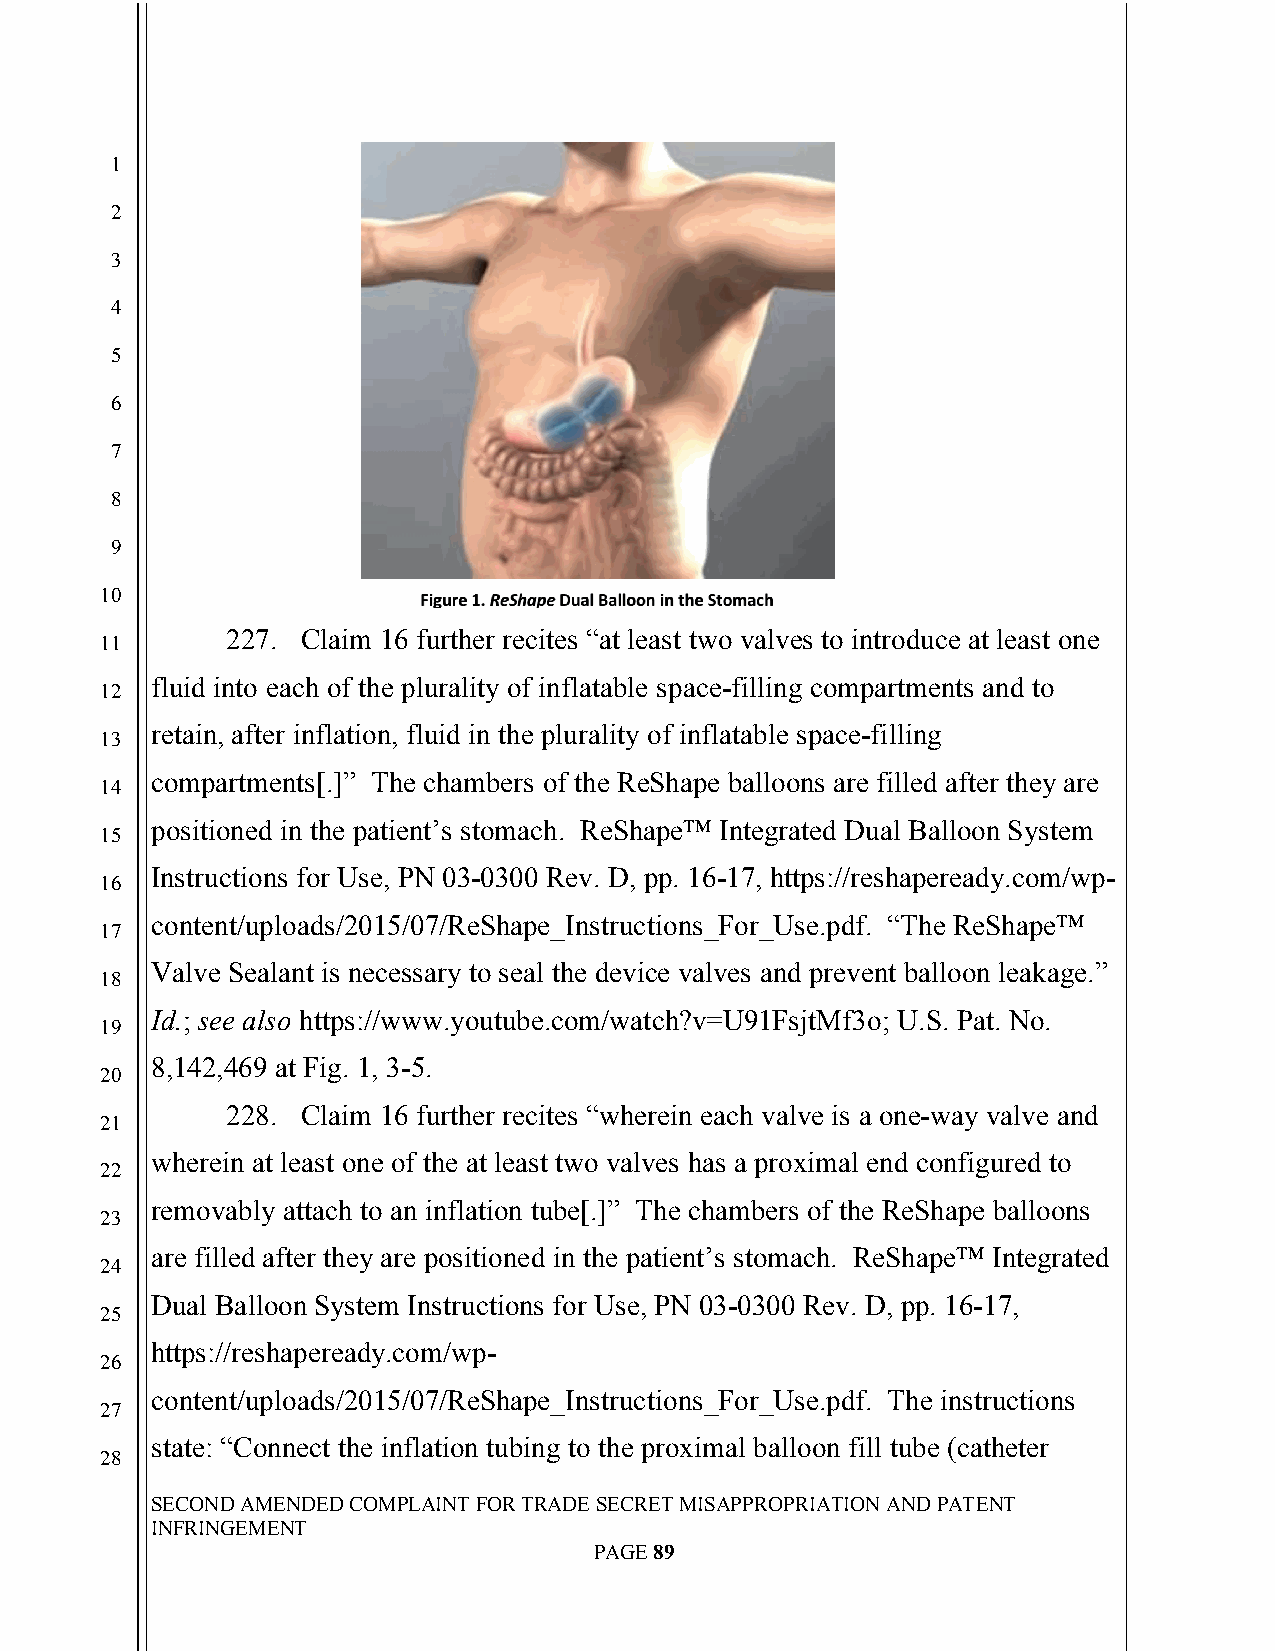
`
 1
 2
 3
 4
 5
 6
 7
 8
 9
 10
 227. Claim 16 further recites “at least two valves to introduce at least one
 11
 fluid into each of the plurality of inflatable space-filling compartments and to
 12
 retain, after inflation, fluid in the plurality of inflatable space-filling
 13
 compartments[.]” The chambers of the ReShape balloons are filled after they are
 14
 positioned in the patient’s stomach. ReShape™ Integrated Dual Balloon System
 15
 Instructions for Use, PN 03-0300 Rev. D, pp. 16-17, https://reshapeready.com/wp-
 16
 content/uploads/2015/07/ReShape_Instructions_For_Use.pdf. “The ReShape™
 17
 Valve Sealant is necessary to seal the device valves and prevent balloon leakage.”
 18
 Id.; see also https://www.youtube.com/watch?v=U91FsjtMf3o; U.S. Pat. No.
 19
 8,142,469 at Fig. 1, 3-5.
 20
 228. Claim 16 further recites “wherein each valve is a one-way valve and
 21
 wherein at least one of the at least two valves has a proximal end configured to
 22
 removably attach to an inflation tube[.]” The chambers of the ReShape balloons
 23
 are filled after they are positioned in the patient’s stomach. ReShape™ Integrated
 24
 Dual Balloon System Instructions for Use, PN 03-0300 Rev. D, pp. 16-17,
 25
 https://reshapeready.com/wp-
 26
 content/uploads/2015/07/ReShape_Instructions_For_Use.pdf. The instructions
 27
 state: “Connect the inflation tubing to the proximal balloon fill tube (catheter
 28
 SECOND AMENDED COMPLAINT FOR TRADE SECRET MISAPPROPRIATION AND PATENT
 INFRINGEMENT
 PAGE 89